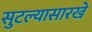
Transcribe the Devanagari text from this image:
सुटल्यासारखे